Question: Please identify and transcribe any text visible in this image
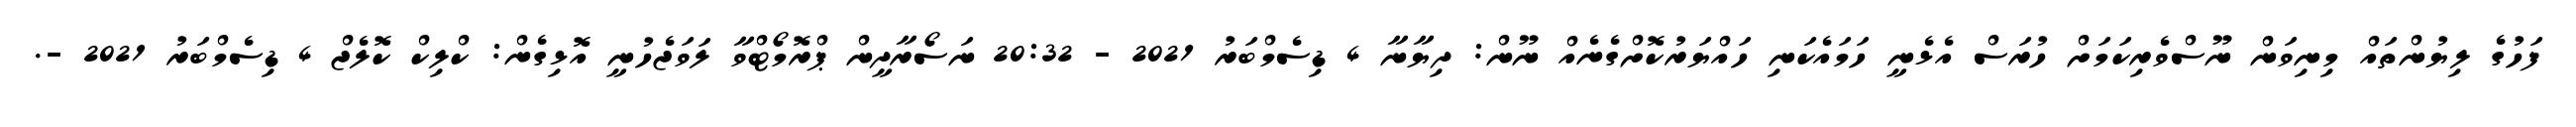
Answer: ފަހުގެ ލިޔުންތައް މިނިވަން ނޫސްވެރިކަމަށް ހުރަސް އެޅެނީ ހަމައެކަނި ހައްޔަރުކޮށްގެނެއް ނޫން: ދިޔާނާ 4 ޑިސެމްބަރު 2021 - 20:32 ނަސޯރާދީން ޕްރޮމޯޓްވާ ލަވަޖެހުނީ އޮޅިގެން: ކްލިކް ކޮލެޖް 4 ޑިސެމްބަރު 2021 -.